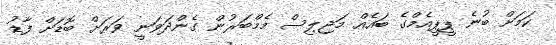
ކަމަށް ބުނެ ޕީޕީއެމްގެ ބައެއް މަޖިލިސް މެމްބަރުން ގެންދަވަނީ ވަރަށް ބޮޑަށް ފާޑު